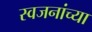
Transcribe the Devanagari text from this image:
स्वजनांच्या